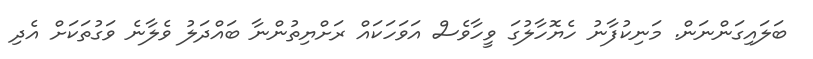
ބަލައިގަންނަން. މަނިކުފާނު ހެޔޮހާލުގަ ވީހާވެސް އަވަހަކައް ރަށްޔިތުންނާ ބައްދަލު ވެލާނެ ވަގުތަކަށް އެދި